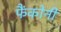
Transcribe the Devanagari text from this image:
फैंकोनी